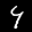
Label: 4